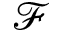
\mathcal { F }